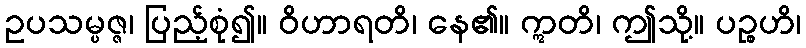
ဥပသမ္ပဇ္ဇ၊ ပြည့်စုံ၍။ ဝိဟာရတိ၊ နေ၏။ ဣတိ၊ ဤသို့။ ပဉ္စဟိ၊